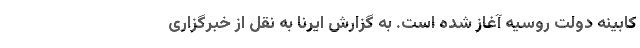
کابینه دولت روسیه آغاز شده است. به گزارش ایرنا به نقل از خبرگزاری